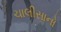
ચાલીસાનો